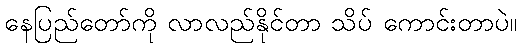
နေပြည်တော်ကို လာလည်နိုင်တာ သိပ် ကောင်းတာပဲ။